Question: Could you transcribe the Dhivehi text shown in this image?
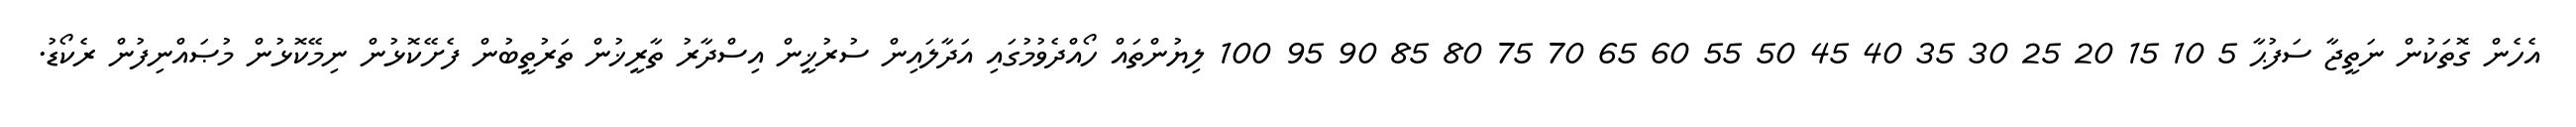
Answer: އެހެން ގޮތަކުން ނަތީޖާ ސަފުޙާ 5 10 15 20 25 30 35 40 45 50 55 60 65 70 75 80 85 90 95 100 ލިޔުންތައް ހޯއްދެވުމުގައި އަދާލައިން ސުރުޚީން އިސްދާރު ތާރީޚުން ތަރުތީބުން ފެށޭކޮޅުން ނިމޭކޮޅުން މުޞައްނިފުން ރެކޯޑު.